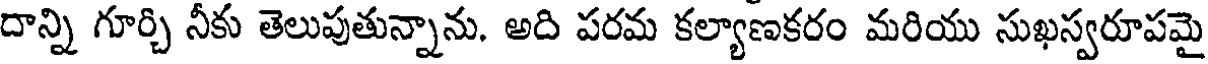
దాన్ని గూర్చి నీకు తెలుపుతున్నాను. అది పరమ కల్యాణకరం మరియు సుఖస్వరూపమై